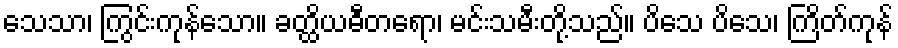
သေသာ၊ ကြွင်းကုန်သော။ ခတ္ထိယဓီတရော၊ မင်းသမီးတို့သည်။ ပိသေ ပိသေ၊ ကြိတ်ကုန်